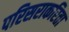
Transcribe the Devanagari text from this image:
परिसराकरिता